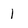
Character: 1